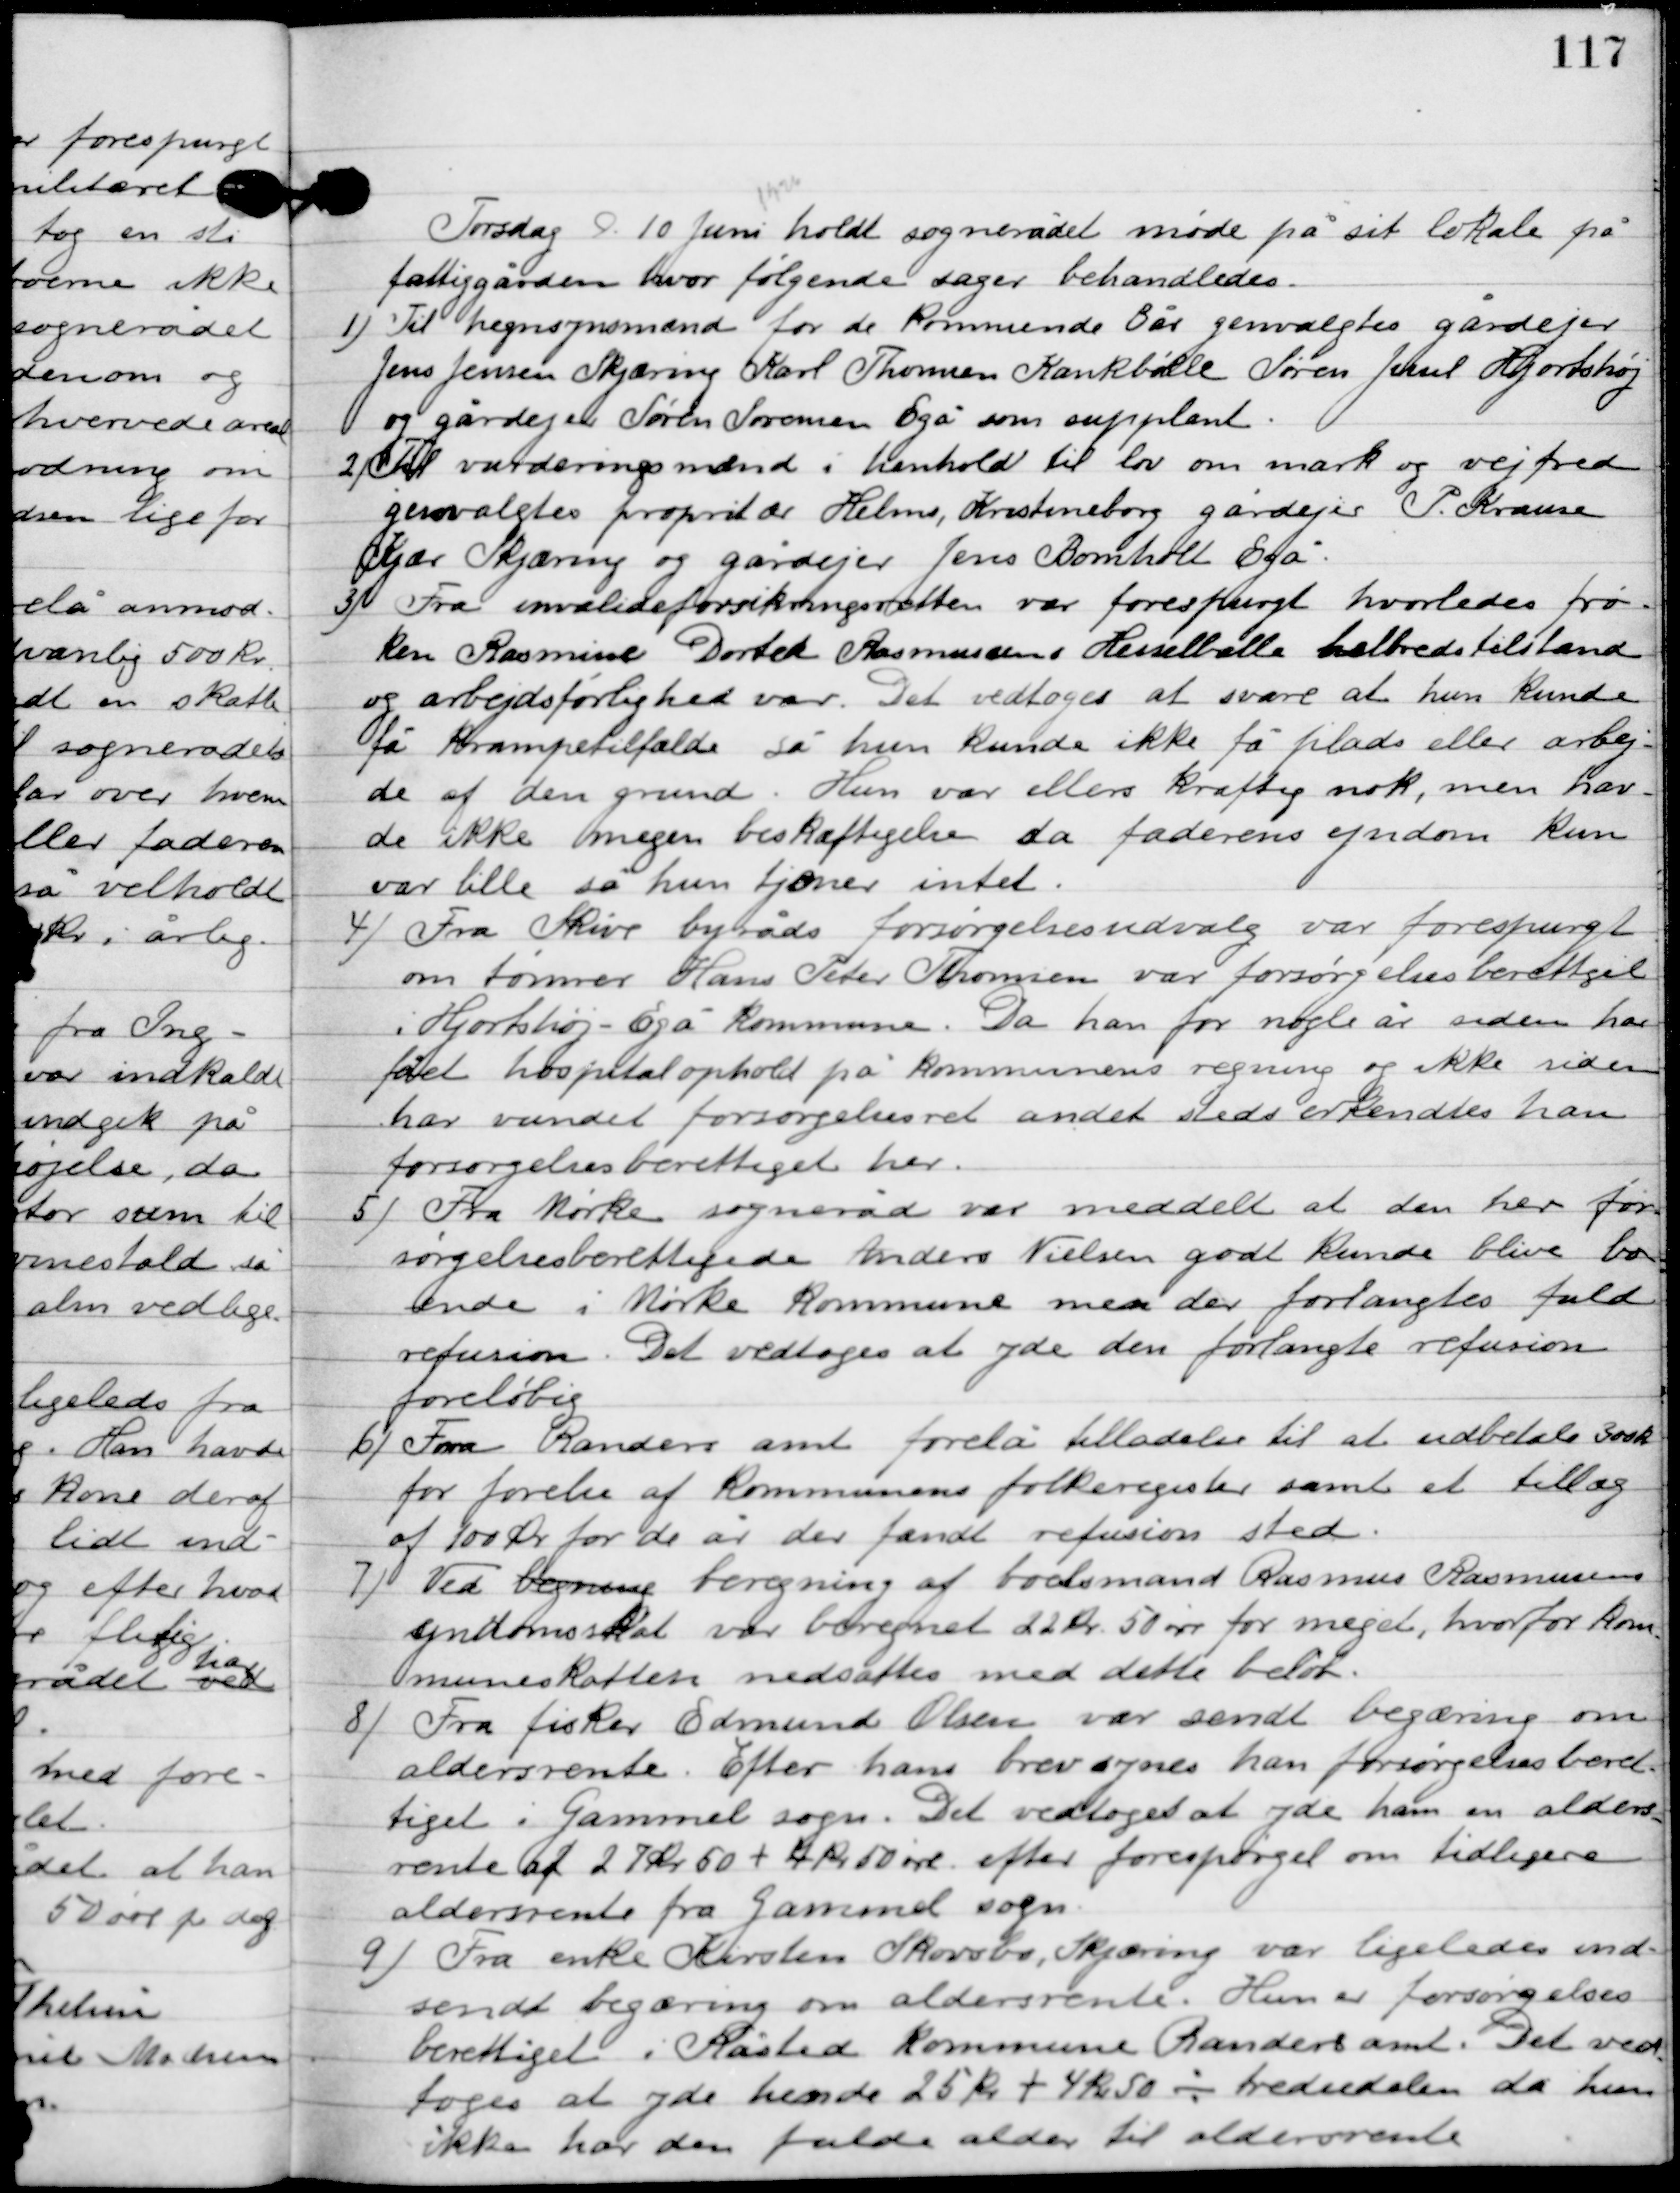
Transskription:
Onsdag D. 10. Juni holdt sognerådet møde på sit lokale på
 fattiggården, hvor følgende sager behandledes.

1

Til hegnssynsmand for de kommende 3 år genvalgtes gårdejer
Jens Jensen Skjæring Karl Thomsen Kankbølle, Søren Juul Hjortshøj
og gårdejer Søren Iversen Egå som suppleant.

2

Til vurderingsmænd i henhold til lov om mark og vejfred
genvalgtes proprietær Helms, Kirstineborg gårdejer P. Krause
Kjær Skjæring og gårdejer Jens Bomholt Egå.

3

Fra invalideforsikringsretten var forespurgt hvorledes frø-
ken Rasmine Dorte Rasmussen Hesselballe helbredstilstand
og arbejdsførlighed var. Det vedtoges at svare at hun kunde
få krampetilfælde så hun kunde ikke få plads eller arbej-
de af den grund. Hun var ellers kraftig nok, men hav-
de ikke megen beskæftigelse da faderens ejendom kun
var lille så hun tjæner intet.

4

Fra Skive byråds forsørgelsesudvalg var forespurgt
om tømrer Hans Peder Thomsen var forsørgelsesberettiget
i Hjortshøj-Egå kommune. Da han for nogle år siden har
fået hospitalsophold på kommunens regnen og ikke siden
har vundet forsørgelsesret andet steds erkendtes han
forsørgelsesberettiget her.

5

Fra Mørke sogneråd var meddelt at den her for-
sørgelsesberettigede Anders Nielsen godt kunde blive bo-
ende i mørke kommune men de forlangtes fuld
refusion. Det vedtoges at yde den forlangte refusion
foreløbig.

6

Fra Randers amt forelå tilladelse til at udbetale 300 kr.
for førelse af kommunens folkeregister samt et tillæg
af 100 øre for de år der fandt refusion sted.

7

Ved beregning af boelsmand Rasmus Rasmussens
ejendomsskat var beregnet 22 kr. 50 øre for meget, hvorfor kom-
muneskatten nedsattes med dette beløb.

8

Fra fisker Edmund Olsen var sendt begæring om
aldersrente. Efter hans brev synes han forsørgelsesberet-
tiget i Gammel sogn. Det vedtoges at yde ham en alders-
rente af 27 kr. 50 øre + 4 kr. 50 øre efter forespørgsel om tidligere
aldersrente fra Gammel sogn.

9

Fra enke Kirsten Skovsbo, Skjæring var ligeledes ind-
sendt begæring om aldersrente. Hun er forsørgelses-
berettiget i Kasted kommune Randers amt. Det ved-
toges at yde hende 25 kr. + 4 kr. 50 - tredjedelen da hun
ikke har den fulde alder til aldersrente.